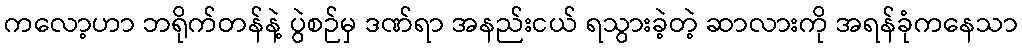
ကလော့ဟာ ဘရိုက်တန်နဲ့ ပွဲစဉ်မှ ဒဏ်ရာ အနည်းငယ် ရသွားခဲ့တဲ့ ဆာလားကို အရန်ခုံကနေသာ